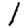
Digit: 1